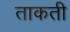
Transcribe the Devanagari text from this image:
ताकती